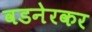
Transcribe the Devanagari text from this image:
वडनेरकर